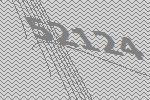
52124